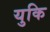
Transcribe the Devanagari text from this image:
युकि